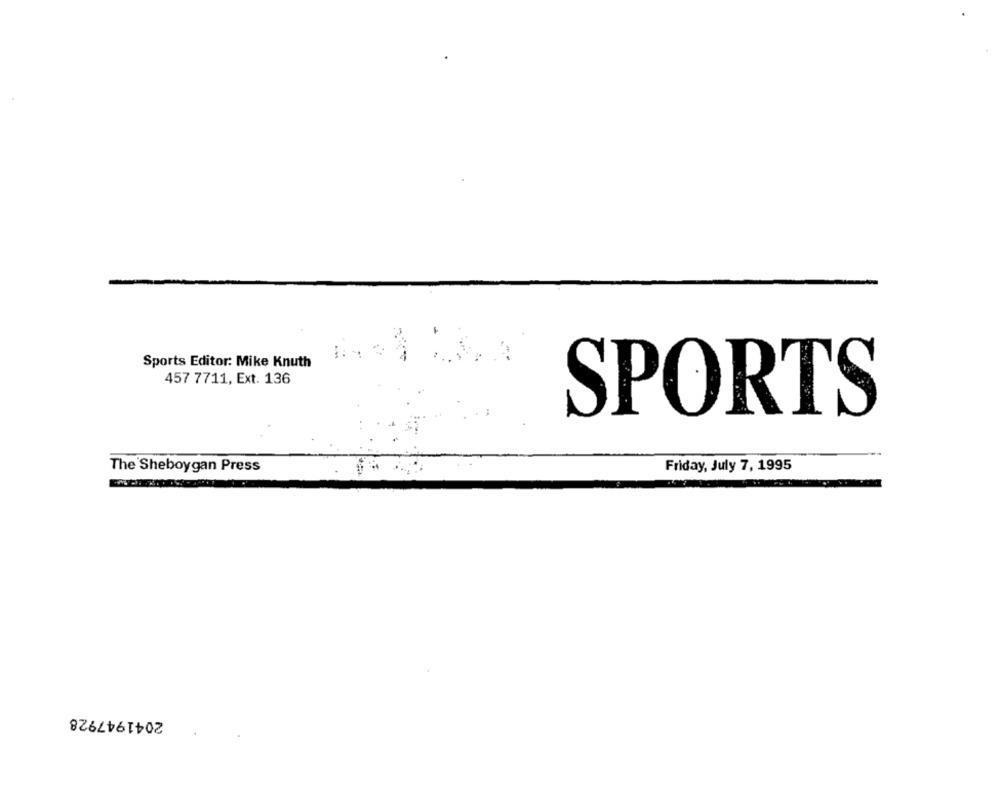
Sports Editor: Mike Knuth
457 7711, Ext. 136
SPORTS
Friday, July 7, 1995
The Sheboygan Press
2041947928